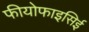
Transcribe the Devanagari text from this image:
फीयोफाइसिई